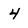
Character: 4